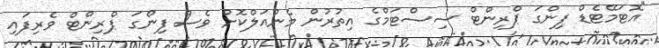
"އޮޓަމޭޓެޑް ފިންގަ ޕްރިންޓް ސިސްޓަމްގެ އިތުރުން މެނުއަލްކޮށް ވެސް ފިންގަ ޕްރިންޓް ވެރިފައި